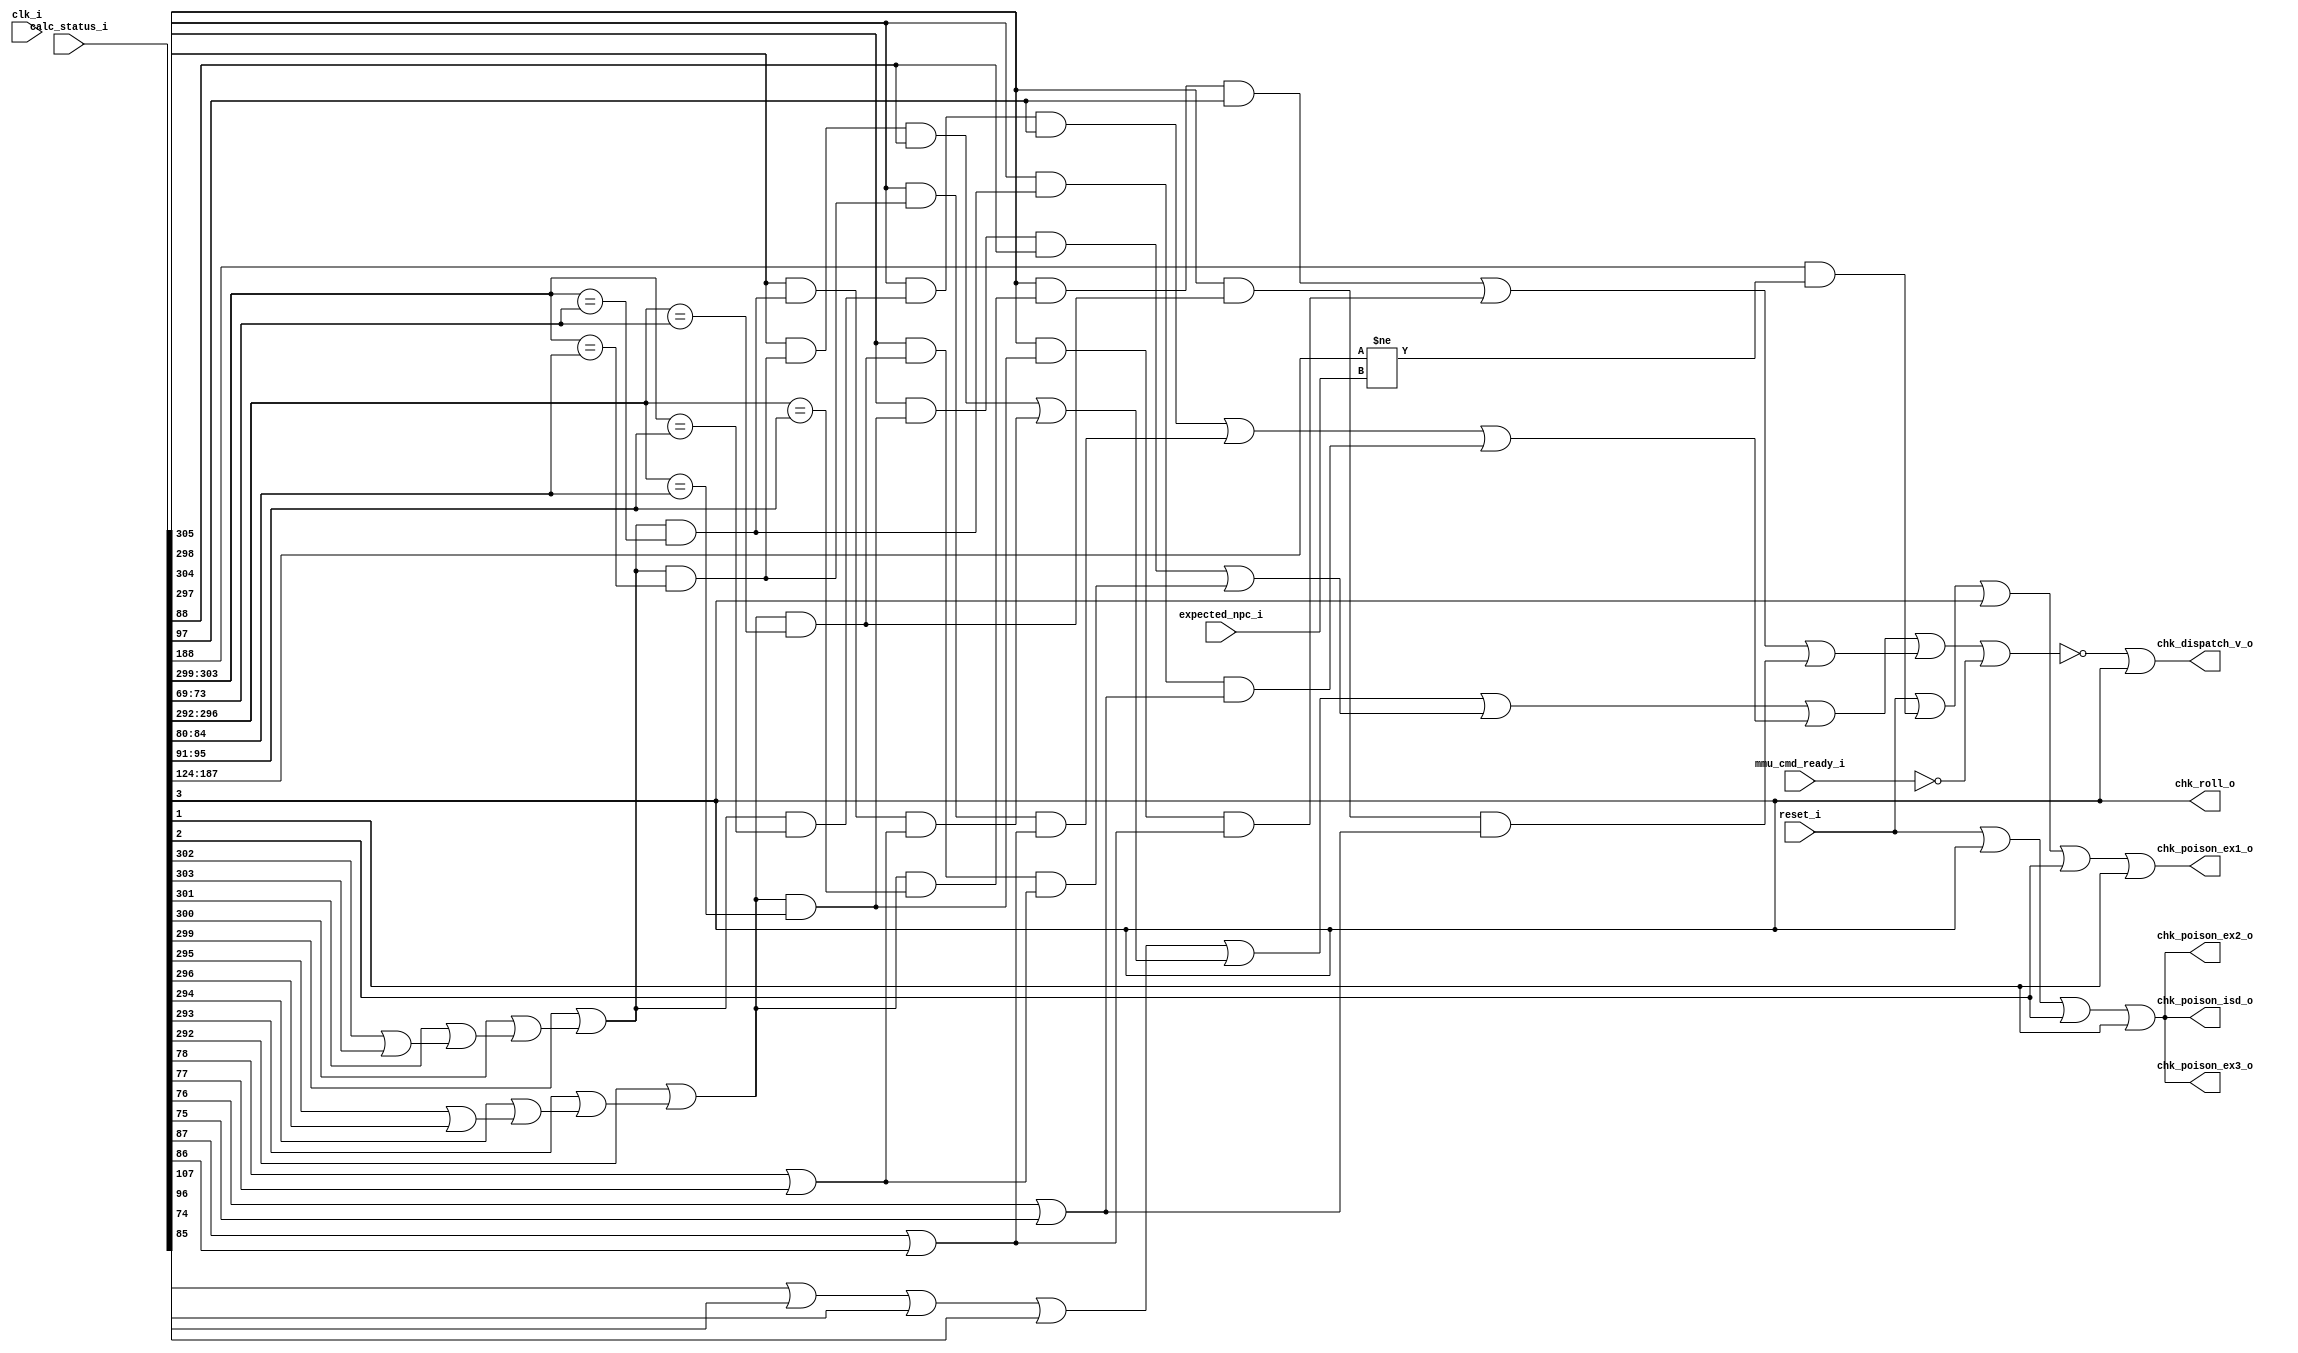
// This program was cloned from: https://github.com/NYU-MLDA/OpenABC
// License: BSD 3-Clause "New" or "Revised" License

module bp_be_detector_vaddr_width_p39_paddr_width_p22_asid_width_p10_branch_metadata_fwd_width_p36_load_to_use_forwarding_p1
(
  clk_i,
  reset_i,
  calc_status_i,
  expected_npc_i,
  mmu_cmd_ready_i,
  chk_dispatch_v_o,
  chk_roll_o,
  chk_poison_isd_o,
  chk_poison_ex1_o,
  chk_poison_ex2_o,
  chk_poison_ex3_o
);

  input [306:0] calc_status_i;
  input [63:0] expected_npc_i;
  input clk_i;
  input reset_i;
  input mmu_cmd_ready_i;
  output chk_dispatch_v_o;
  output chk_roll_o;
  output chk_poison_isd_o;
  output chk_poison_ex1_o;
  output chk_poison_ex2_o;
  output chk_poison_ex3_o;
  wire chk_dispatch_v_o,chk_roll_o,chk_poison_isd_o,chk_poison_ex1_o,chk_poison_ex2_o,
  chk_poison_ex3_o,N0,N1,N2,N3,N4,N5,stall_haz_v,data_haz_v,struct_haz_v,N6,
  mispredict_v,N7,N8,N9,N10,N11,N12,N13,N14,N15,N16,N17,N18,N19,N20,N21,N22,N23,N24,N25,
  N26,N27,N28,N29,N30,N31,N32,N33,N34,N35,N36,N37,N38,N39,N40,N41,N42,N43,N44,N45,
  N46,N47,N48,N49,N50,N51,N52;
  wire [2:0] rs1_match_vector,rs2_match_vector,frs1_data_haz_v,frs2_data_haz_v;
  wire [1:0] irs1_data_haz_v,irs2_data_haz_v;
  assign chk_roll_o = calc_status_i[3];
  assign N0 = calc_status_i[303:299] == calc_status_i[73:69];
  assign N1 = calc_status_i[296:292] == calc_status_i[73:69];
  assign N2 = calc_status_i[303:299] == calc_status_i[84:80];
  assign N3 = calc_status_i[296:292] == calc_status_i[84:80];
  assign N4 = calc_status_i[303:299] == calc_status_i[95:91];
  assign N5 = calc_status_i[296:292] == calc_status_i[95:91];
  assign N6 = calc_status_i[187:124] != expected_npc_i;
  assign N7 = calc_status_i[302] | calc_status_i[303];
  assign N8 = calc_status_i[301] | N7;
  assign N9 = calc_status_i[300] | N8;
  assign N10 = calc_status_i[299] | N9;
  assign N11 = calc_status_i[295] | calc_status_i[296];
  assign N12 = calc_status_i[294] | N11;
  assign N13 = calc_status_i[293] | N12;
  assign N14 = calc_status_i[292] | N13;
  assign rs1_match_vector[0] = N10 & N0;
  assign rs2_match_vector[0] = N14 & N1;
  assign rs1_match_vector[1] = N10 & N2;
  assign rs2_match_vector[1] = N14 & N3;
  assign rs1_match_vector[2] = N10 & N4;
  assign rs2_match_vector[2] = N14 & N5;
  assign irs1_data_haz_v[0] = N15 & N16;
  assign N15 = calc_status_i[305] & rs1_match_vector[0];
  assign N16 = calc_status_i[78] | calc_status_i[77];
  assign irs2_data_haz_v[0] = N17 & N18;
  assign N17 = calc_status_i[298] & rs2_match_vector[0];
  assign N18 = calc_status_i[78] | calc_status_i[77];
  assign frs1_data_haz_v[0] = N19 & N20;
  assign N19 = calc_status_i[304] & rs1_match_vector[0];
  assign N20 = calc_status_i[76] | calc_status_i[75];
  assign frs2_data_haz_v[0] = N21 & N22;
  assign N21 = calc_status_i[297] & rs2_match_vector[0];
  assign N22 = calc_status_i[76] | calc_status_i[75];
  assign irs1_data_haz_v[1] = N23 & calc_status_i[88];
  assign N23 = calc_status_i[305] & rs1_match_vector[1];
  assign irs2_data_haz_v[1] = N24 & calc_status_i[88];
  assign N24 = calc_status_i[298] & rs2_match_vector[1];
  assign frs1_data_haz_v[1] = N25 & N26;
  assign N25 = calc_status_i[304] & rs1_match_vector[1];
  assign N26 = calc_status_i[87] | calc_status_i[86];
  assign frs2_data_haz_v[1] = N27 & N28;
  assign N27 = calc_status_i[297] & rs2_match_vector[1];
  assign N28 = calc_status_i[87] | calc_status_i[86];
  assign frs1_data_haz_v[2] = N29 & calc_status_i[97];
  assign N29 = calc_status_i[304] & rs1_match_vector[2];
  assign frs2_data_haz_v[2] = N30 & calc_status_i[97];
  assign N30 = calc_status_i[297] & rs2_match_vector[2];
  assign stall_haz_v = N32 | calc_status_i[107];
  assign N32 = N31 | calc_status_i[96];
  assign N31 = calc_status_i[74] | calc_status_i[85];
  assign data_haz_v = N39 | N41;
  assign N39 = N36 | N38;
  assign N36 = N34 | N35;
  assign N34 = stall_haz_v | N33;
  assign N33 = irs1_data_haz_v[1] | irs1_data_haz_v[0];
  assign N35 = irs2_data_haz_v[1] | irs2_data_haz_v[0];
  assign N38 = N37 | frs1_data_haz_v[0];
  assign N37 = frs1_data_haz_v[2] | frs1_data_haz_v[1];
  assign N41 = N40 | frs2_data_haz_v[0];
  assign N40 = frs2_data_haz_v[2] | frs2_data_haz_v[1];
  assign struct_haz_v = ~mmu_cmd_ready_i;
  assign mispredict_v = calc_status_i[188] & N6;
  assign chk_dispatch_v_o = N43 | calc_status_i[3];
  assign N43 = ~N42;
  assign N42 = data_haz_v | struct_haz_v;
  assign chk_poison_isd_o = N45 | calc_status_i[1];
  assign N45 = N44 | calc_status_i[2];
  assign N44 = reset_i | calc_status_i[3];
  assign chk_poison_ex1_o = N48 | calc_status_i[1];
  assign N48 = N47 | calc_status_i[2];
  assign N47 = N46 | calc_status_i[3];
  assign N46 = reset_i | mispredict_v;
  assign chk_poison_ex2_o = N50 | calc_status_i[1];
  assign N50 = N49 | calc_status_i[2];
  assign N49 = reset_i | calc_status_i[3];
  assign chk_poison_ex3_o = N52 | calc_status_i[1];
  assign N52 = N51 | calc_status_i[2];
  assign N51 = reset_i | calc_status_i[3];

endmodule